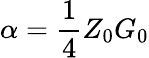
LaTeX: \alpha={\frac{1}{4}}Z_{0}G_{0}